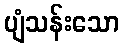
ပျံသန်းသော